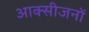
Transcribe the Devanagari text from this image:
आक्सीजनों